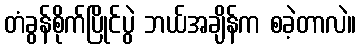
တံခွန်စိုက်ပြိုင်ပွဲ ဘယ်အချိန်က စခဲ့တာလဲ။